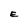
Character: E